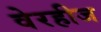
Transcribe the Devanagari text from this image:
वेरहीज